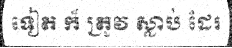
ទៀត ក៏ ត្រូវ ស្លាប់ ដែរ